Report on horse surra - Volume I
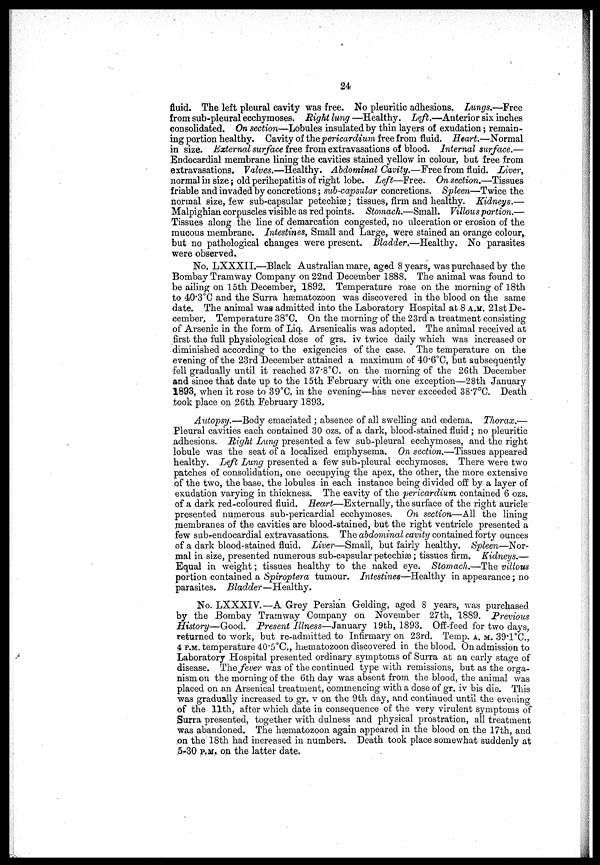
24
fluid. The left pleural cavity was free. No pleuritic adhesions. Lungs.—Free
from sub-pleural ecchymoses. Eight lung —Healthy. Left.—Anterior six inches
consolidated. On section—Lobules insulated by thin layers of exudation ; remain-
ing portion healthy. Cavity of the pericardium free from fluid. Heart.—Normal
in size. External surface free from extravasations of blood. Internal surface.—
Endocardial membrane lining the cavities stained yellow in colour, but free from
extravasations. Valves.—Healthy. Abdominal Cavity,—Free from fluid. Liver,
normal in size ; old perihepatitis of right lobe. Left—Free. On section.—Tissues
friable and invaded by concretions ; sub-capsular concretions. Spleen—Twice the
normal size, few sub-capsular petechiæ ; tissues, firm and healthy. Kidneys.—
Malpighian corpuscles visible as red points. Stomach.—Small. Villous portion.—
Tissues along the line of demarcation congested, no ulceration or erosion of the
mucous membrane. Intestines, Small and Large, were stained an orange colour,
but no pathological changes were present. Bladder.—Healthy. No parasites
were observed.
No. LXXXII.—Black Australian mare, aged 8 years, was purchased by the
Bombay Tramway Company on 22nd December 1888. The animal was found to
be ailing on 15th December, 1892. Temperature rose on the morning of 18th
to 40.3°C and the Surra hæmatozoon was discovered in the blood on the same
date. The animal was admitted into the Laboratory Hospital at 8 A.M. 21st De-
cember, Temperature 38°C. On the morning of the 23rd a treatment consisting
of Arsenic in the form of Liq. Arsenicalis was adopted. The animal received at
first the full physiological dose of grs. iv twice daily which was increased or
diminished according to the exigencies of the case. The temperature on the
evening of the 23rd December attained a maximum of 40.6°C, but subsequently
fell gradually until it reached 37.8°C. on the morning of the 26th December
and since that date up to the 15th February with one exception—28th January
1893, when it rose to 39°C. in the evening—has never exceeded 38.7°C. Death
took place on 26th February 1893.
Autopsy.—Body emaciated ; absence of all swelling and oedema. Thorax.—
Pleural cavities each contained 30 ozs. of a dark, blood-stained fluid ; no pleuritic
adhesions. Right Lung presented a few sub-pleural ecchymoses, and the right
lobule was the seat of a localized emphysema. On section.—Tissues appeared
healthy. Left Lung presented a few sub-pleural ecchymoses. There were two
patches of consolidation, one occupying the apex, the other, the more extensive
of the two, the base, the lobules in each instance being divided off by a layer of
exudation varying in thickness. The cavity of the pericardium contained 6 ozs.
of a dark red-coloured fluid. Heart—Externally, the surface of the right auricle
presented numerous sub-pericardial ecchymoses. On section—All the lining
membranes of the cavities are blood-stained, but the right ventricle presented a
few subrendocardial extravasations. The abdominal cavity contained forty ounces
of a dark blood-stained fluid. Liver—Small, but fairly healthy. Spleen—Nor-
mal in size, presented numerous sub-capsular petechiæ ; tissues firm. Kidneys.—
Equal in weight ; tissues healthy to the naked eye. Stomach.—The villous
portion contained a Spiroptera tumour. Intestines—Healthy in appearance ; no
parasites.
Bladder—Healthy.
No. LXXXIV.—A Grey Persian Gelding, aged 8 years, was purchased
by the Bombay Tramway Company on November 27th, 1889. Previous
History—Good. Present Illness—January 19th, 1893. Off-feed for two days,
returned to work, but re-admitted to Infirmary on 23rd. Temp. A.M. 39.1°C.,
4 P.M. temperature 40.5°C., hæmatozoon discovered in the blood. On admission to
Laboratory Hospital presented ordinary symptoms of Surra at an early stage of
disease. The fever was of the continued type with remissions, but as the orga-
nism on the morning of the 6th day was absent from the blood, the animal was
placed on an Arsenical treatment, commencing with a dose of gr. iv bis die. This
was gradually increased to gr. v on the 9th day, and continued until the evening
of the 11th, after which date in consequence of the very virulent symptoms of
Surra presented, together with dulness and physical prostration, all treatment
was abandoned. The hæmatozoon again appeared in the blood on the 17th, and
on the 18th had increased in numbers. Death took place somewhat suddenly at
5-30 P.M. on the latter date.